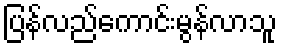
ပြန်လည်ကောင်းမွန်လာသူ